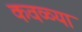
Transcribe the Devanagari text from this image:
कवळ्या